King Institute of Preventive Medicine Micro-Biological Section reports 1909-11
Year: 1909
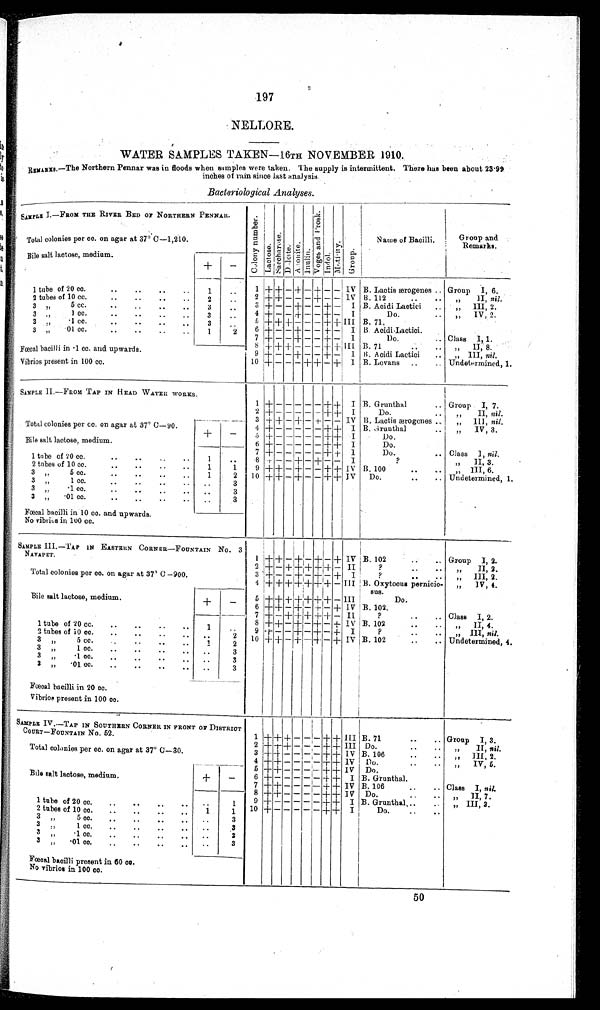
197
NELLORE.
WATER SAMPLES TAKEN—16TH. NOVEMBER 1910.
REMARKS.—The Northern Pennar was in floods when samples were taken. The supply is intermittent. There has been about 23.99
inches of rain since lest analysis.
Bacteriological Analyses.
SAMPLE
I
.—FROM THE RIVER BED OF NORTHERN PENNAR.
C o l o n y n u m b e r LactoseSacchar oseDulciteAdoni t eInulin V a g a s a n d F r o s k IndolMot ol i t yGroup
Name of Bacilli.
Group and
Remarks
Total colonies per cc. on agar at 37° C—1,210.
Bile salt lactose, medium.
+
−
1
+
+ − + − + − − IV B. Lactis cerogenes
Group I, 6.
1 tube of 20 cc
.
1
2
+
+ − − − + − − IV B. 112
„
II,
nil.
2 tubes of 10cc.
2
3
+
− − + − − + −
I B. Acidi Lactici
„
III,
2.
3 „ 5 cc
.
3
4
+ − −
+
− −
+
−
I
Do.
„
IV,
2.
3 „ 1 cc.
3
5
+ + − − − − +
+
III B. 71,
3 „·1 cc.
3
6
+ − − + − −
+
−
I B Acidi Lactici
3 „·01 cc.
1
2
7
+
− − + − −
+
−
I
Do.
Class I, 1.
Fœcal bacilli in 1 cc. and upwards.
8
+ + + − − − +
+
III
B. 71
„
II
8.
9
+
− − + − − + −
I
13.Acidi Lactici.
„
III,
nil.
Vibrios present in 100 cc.
10
+
− − − + + − + I B. Lovans
Undetermined, 1.
SAMPLE II.—FROM TAP IN HEAD WATER WORKS.
1
+
− − − − −
+ +
I B. Grunthal
Group I, 7.
Total colonies per cc. on agar at 37° C—90
2
+
− − − − − + +
I
Do.
„ II, nil.
3
+
+ −
+
−
+
− − IV B. Lactis ærogenes
„ III, nil.
Bile salt lactose, medium.
+ −
4
+ +
− − − − +
+
I B. Grunthal
,, IV, 3.
5
+
− − − − − + + I
Do.
6 + − − − − − +
+
I
Do.
7
+
−
− − − − +
+
I
Do.
Class I, nil.
1
tube
of
2
0 cc.
1
8
+
− − + − + − −
I
?
„ II, 3.
2 tubes of 10 cc.
1
1
9
+
+ − + − − +
+
IV B. 100
„ III, 6.
3 „ 5 cc.
1
2
10
+
+
−
+
− −
+ +
IV
Do.
Undetermined, 1.
3 „ 1 cc.
3
3
„ ·1 cc.
3
3 „ ·01 cc.
3
Fœcal bacilli in 10 cc. and upwards.
No vibrius in 100 cc.
SAMPLE III.—TAP IN EASTERN CORNER− FOUNTAIN N
O
.3
NAVAPET.
1
+
+
−
+
−
+
−
+ IV B. 102. Group I, 2.
Total colonies per co. on agar at 37° C—900.
2
+
−
+ +
+
+ + −
II
?
„ II, 2.
3
+
− −
+
−
+
− + I
?
„ III, 2.
Bile salt lactose, medium.
+
−
4 +
+
+
+
+ + +
− III B.Oxytocus pernicio
sus
„ IV, 4.
5
+
+
+ +
+ +
+
−
III
Do.
6
+
+ −
+
−
+
− + IV B. 102.
7
+
−
+ +
+
+
+ −
IV
?
Class I, 2.
8
+
+
−
+
−
+
−
+
IV B. 102.
„ II, 4.
1 tube of 20 cc.
1
9
+
− −
+
−
+
− + I
?
„ III, nil.
2 tubes of 10 cc.
2
10
+
+ −
+
− + − + IV B. 102
Undetermined, 4.
3 „ 5 cc.
1
2
3 „ 1 cc
.
3
3 „·1 cc.
3
3 „·01 cc.
3
Fœcal bacilli in 20 cc.
Vibrios present in 100 cc.
SAMPLE IV.—TAP IN SOUTHERN CORNER IN FRONT OF DISTRICT
COURT FOUNTAIN No.52.
1
+ +
+
−
−
−
+ + III B. 71
Group I, 3.
Total colonies per cc. on agar at 37° C—30.
2 +
+ +
− − −
+ + III Do.
„ II, nil.
3
+ +
− − − −
+
+ IV B. 106
„ III, 2.
Bile salt lactose, medium.
+
−
4
+ +
− − − −
+ + IV Do.
„ IV, 5.
5
+ +
− − −
−
+ +
IV Do.
6
+
− − − − −
+
+
I B. Grunthal.
7
+ +
− − − −
+
+ IV B. 106. Class I, nil.
8
+ +
− − − −
+ +
IV
Do.
„ II, 7.
1 tube of 20 cc.
1
9
+
− − − − −
+ + I B . G r u n t h a l .
„ III, 3.
2 tubes of 10 cc.
1
1
10
+
− − − − −
+ +
I
Do.
3 „ 5 cc.
3
3 „ 1 cc.
3
3 „·1 cc.
3
3 „·01 cc.
3
Fœcal bacilli present in 60 c
c.
No vibrios in 100 cc.
50